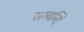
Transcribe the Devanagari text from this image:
सम्बन्दि